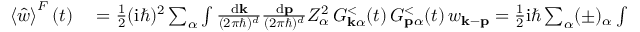
\begin{array} { r l } { \left\langle \hat { w } \right\rangle ^ { F } ( t ) } & { { } = \frac { 1 } { 2 } ( \mathrm { i } \hbar ) ^ { 2 } \sum _ { \alpha } \int \frac { \mathrm { d } \mathbf { k } } { ( 2 \pi \hbar ) ^ { d } } \frac { \mathrm { d } \mathbf { p } } { ( 2 \pi \hbar ) ^ { d } } Z _ { \alpha } ^ { 2 } \, G _ { \mathbf { k } \alpha } ^ { < } ( t ) \, G _ { \mathbf { p } \alpha } ^ { < } ( t ) \, w _ { \mathbf { k } - \mathbf { p } } = \frac { 1 } { 2 } \mathrm { i } \hbar \sum _ { \alpha } ( \pm ) _ { \alpha } \int \frac { \mathrm { d } \mathbf { k } } { ( 2 \pi \hbar ) ^ { d } } h _ { \mathbf { k } \alpha } ^ { \mathrm { ~ H ~ F ~ } } ( t ) \, G _ { \mathbf { k } \alpha } ^ { < } ( t ) - \frac { 1 } { 2 } \left\langle \hat { T } \right\rangle ( t ) \, , } \end{array}